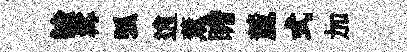
諭髯弧逍薰瞻麓式加